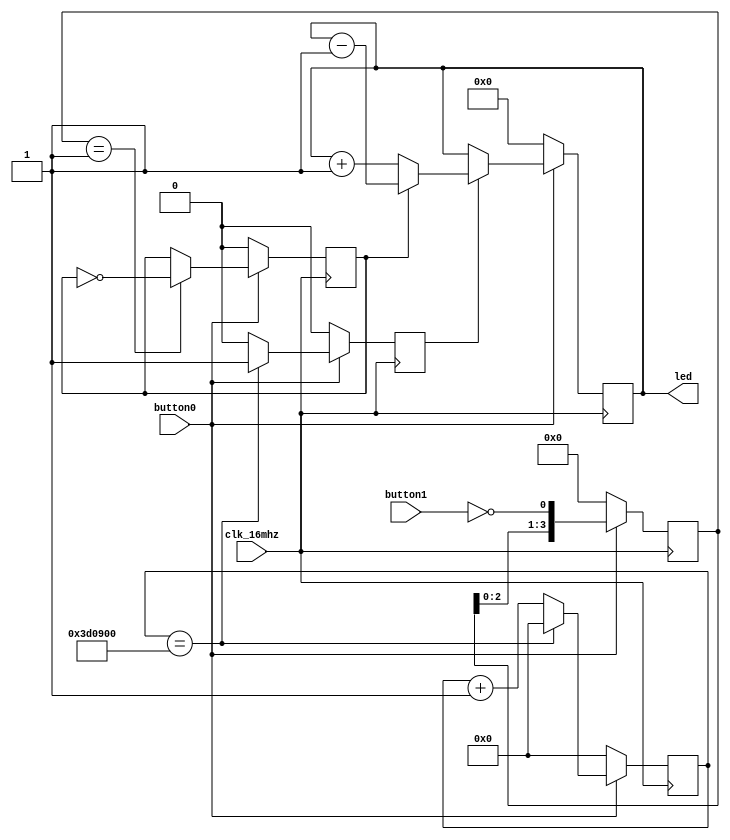
/* Add reset, catch button edge. */

// Force error when implicit net has no type.
`default_nettype none

module led_counter2
(
    input wire clk_16mhz,
    input wire button0,
    input wire button1,
    output reg [7:0] led
);

// reset when button0 is pushed
wire reset = ~button0;

// internal registers
reg inc_led;
reg [23:0] fast_count;
reg count_dir;
reg [3:0] button1_reg;


// Constants
localparam QUARTER_SEC  = 4_000_000;
localparam COUNT_UP     = 0;
localparam COUNT_DOWN   = 1;

// Generate a pulse to inc_leds every
// quarter of a second.
always @ (posedge clk_16mhz)
begin
    if (reset) begin
        inc_led <= 0;
        fast_count <= 0;
    end else begin
        inc_led <= 0;       // default
        fast_count <= fast_count + 1;
        if (fast_count == QUARTER_SEC) begin
            inc_led <= 1;
            fast_count <= 0;
        end
    end
end

// Rising edge on button1, switches count direction.
always @ (posedge clk_16mhz)
begin
    if (reset) begin
        count_dir <= COUNT_UP;
        button1_reg <= 0;
    end else begin
        button1_reg[3:0] <= {button1_reg[2:0], ~button1};
        if (button1_reg == 4'b0001) begin
            count_dir <= ~count_dir;
        end
    end
end

// Increment the led count.
always @ (posedge clk_16mhz)
begin
    if (reset) begin
        led <= 0;
    end else begin
        if (inc_led) begin
            if (count_dir == COUNT_UP) begin
                led <= led + 1;
            end else begin
                led <= led - 1;
            end
        end
    end
end

endmodule